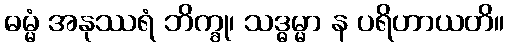
ဓမ္မံ အနုဿရံ ဘိက္ခု၊ သဒ္ဓမ္မာ န ပရိဟာယတိ။